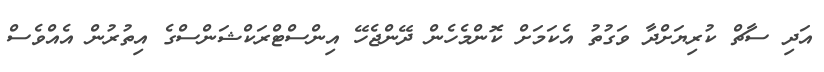
އަދި ސާޗް ކުރިޔަށްދާ ވަގުތު އެކަމަށް ކޮންމެހެން ދޭންޖެހޭ އިންސްޓްރަކްޝަންސްގެ އިތުރުން އެއްވެސް